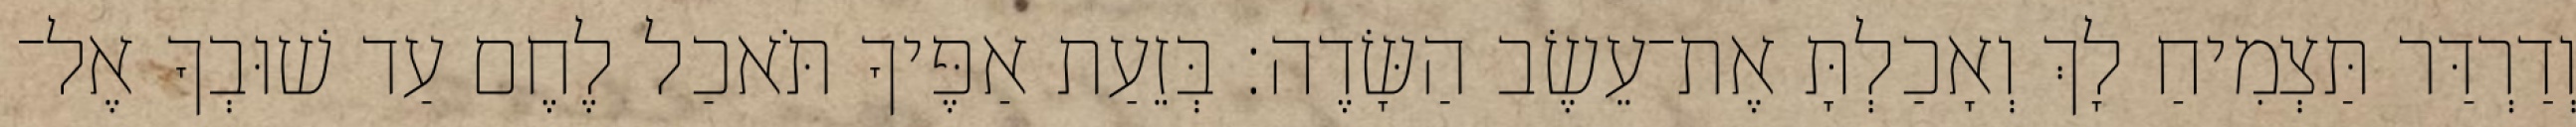
וְדַרְדַּר תַּצְמִיחַ לָךְ וְאָכַלְתָּ אֶת־עֵשֶׂב הַשָּׂדֶה׃ בְּזֵעַת אַפֶּיךָ תֹּאכַל לֶחֶם עַד שׁוּבְךָ אֶל־